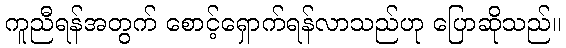
ကူညီရန်အတွက် စောင့်ရှောက်ရန်လာသည်ဟု ပြောဆိုသည်။